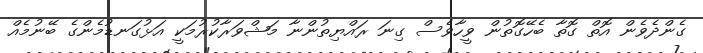
ގެންދެވެން އޮތް ގޮތާ ބެހޭގޮތުން ވީހާވެސް ގިނަ ރައްޔިތުންނާ މަޝްވަރާކުރުމަކީ އަޅުގަނޑުމެންގެ ބޭނުމެއް